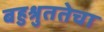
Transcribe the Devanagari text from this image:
बहुश्रुततेचा